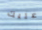
عليك